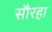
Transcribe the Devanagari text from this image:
सौरहा